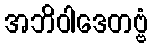
အဘိဝါဒေတဗ္ဗံ